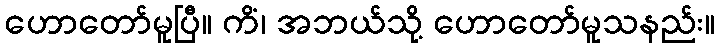
ဟောတော်မူပြီ။ ကိံ၊ အဘယ်သို့ ဟောတော်မူသနည်း။